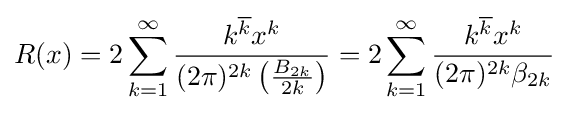
R(x)=2\sum _{k=1}^{\infty }{\frac {k^{\overline {k}}x^{k}}{(2\pi )^{2k}\left({\frac {B_{2k}}{2k}}\right)}}=2\sum _{k=1}^{\infty }{\frac {k^{\overline {k}}x^{k}}{(2\pi )^{2k}\beta _{2k}}}